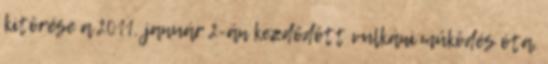
kitörése a 2011. január 2-án kezdődött vulkáni működés óta.